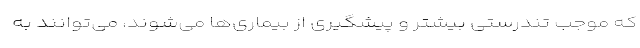
که موجب تندرستی بیشتر و پیشگیری از بیماری‌ها می‌شوند، می‌توانند به